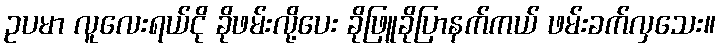
ဥပမာ လူလေးရယ်ငို ခိုဖမ်းလို့ပေး ခိုဖြူခိုပြာနက်ကယ် ဖမ်းခက်လှသေး။